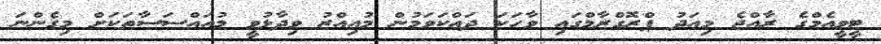
ޓީވީއެމްގެ ރާއްޖެ މިއަދު ޕްރޮގްރާމްގައި ވާހަކަ ދައްކަވަމުން މުއިއްޒު ވިދާޅުވީ މުއައްސަސާތަކަށް މިގެންނަ